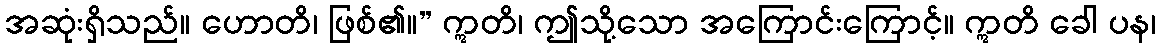
အဆုံးရှိသည်။ ဟောတိ၊ ဖြစ်၏။” ဣတိ၊ ဤသို့သော အကြောင်းကြောင့်။ ဣတိ ခေါ ပန၊